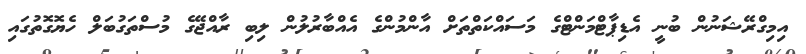
އިމިގްރޭޝަނުން ބުނީ އެޑިޕާޓްމަންޓްގެ މަސައްކަތްތަށް އާންމުންގެ އެއްބާރުލުން ލިބި ރާއްޖޭގެ މުސްތަގުބަލް ހެޔޮގޮތުގައި